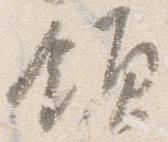
領